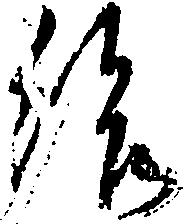
給